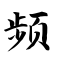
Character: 频